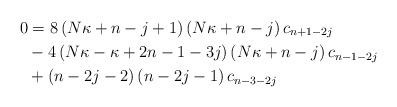
LaTeX: \begin{align*}0 & =8\left( N\kappa+n-j+1\right) \left( N\kappa+n-j\right) c_{n+1-2j}\\& -4\left( N\kappa-\kappa+2n-1-3j\right) \left( N\kappa+n-j\right)c_{n-1-2j}\\& +\left( n-2j-2\right) \left( n-2j-1\right) c_{n-3-2j}\end{align*}